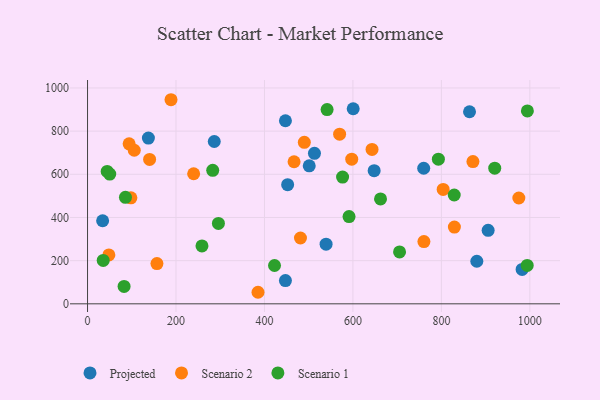
{"axis": {"x": "Experience", "y": "Profit"}, "legend": ["Projected", "Scenario 1", "Scenario 2"], "data": [{"x": "760.0", "y": 627.9, "type": "Projected"}, {"x": "34.1", "y": 384.8, "type": "Projected"}, {"x": "863.6", "y": 889.8, "type": "Projected"}, {"x": "501.2", "y": 639.4, "type": "Projected"}, {"x": "513.0", "y": 697.3, "type": "Projected"}, {"x": "905.7", "y": 340.3, "type": "Projected"}, {"x": "880.1", "y": 197.3, "type": "Projected"}, {"x": "452.4", "y": 552.0, "type": "Projected"}, {"x": "982.5", "y": 159.3, "type": "Projected"}, {"x": "447.4", "y": 847.9, "type": "Projected"}, {"x": "286.5", "y": 751.9, "type": "Projected"}, {"x": "137.6", "y": 767.6, "type": "Projected"}, {"x": "447.4", "y": 107.9, "type": "Projected"}, {"x": "600.6", "y": 903.6, "type": "Projected"}, {"x": "539.3", "y": 276.4, "type": "Projected"}, {"x": "648.0", "y": 616.8, "type": "Projected"}, {"x": "975.1", "y": 490.3, "type": "Scenario 2"}, {"x": "105.6", "y": 711.4, "type": "Scenario 2"}, {"x": "804.0", "y": 529.8, "type": "Scenario 2"}, {"x": "140.3", "y": 669.0, "type": "Scenario 2"}, {"x": "466.9", "y": 658.0, "type": "Scenario 2"}, {"x": "156.9", "y": 186.6, "type": "Scenario 2"}, {"x": "597.3", "y": 670.1, "type": "Scenario 2"}, {"x": "239.9", "y": 602.6, "type": "Scenario 2"}, {"x": "871.3", "y": 659.1, "type": "Scenario 2"}, {"x": "98.0", "y": 490.8, "type": "Scenario 2"}, {"x": "490.1", "y": 747.9, "type": "Scenario 2"}, {"x": "94.0", "y": 741.3, "type": "Scenario 2"}, {"x": "760.5", "y": 288.2, "type": "Scenario 2"}, {"x": "829.4", "y": 355.6, "type": "Scenario 2"}, {"x": "569.9", "y": 785.9, "type": "Scenario 2"}, {"x": "48.2", "y": 226.6, "type": "Scenario 2"}, {"x": "385.4", "y": 53.5, "type": "Scenario 2"}, {"x": "643.2", "y": 715.3, "type": "Scenario 2"}, {"x": "481.4", "y": 304.9, "type": "Scenario 2"}, {"x": "188.7", "y": 945.4, "type": "Scenario 2"}, {"x": "793.2", "y": 669.9, "type": "Scenario 1"}, {"x": "662.4", "y": 486.0, "type": "Scenario 1"}, {"x": "82.6", "y": 80.8, "type": "Scenario 1"}, {"x": "85.7", "y": 493.4, "type": "Scenario 1"}, {"x": "591.2", "y": 404.1, "type": "Scenario 1"}, {"x": "994.4", "y": 893.3, "type": "Scenario 1"}, {"x": "35.4", "y": 201.2, "type": "Scenario 1"}, {"x": "576.6", "y": 587.3, "type": "Scenario 1"}, {"x": "994.0", "y": 178.0, "type": "Scenario 1"}, {"x": "705.4", "y": 240.3, "type": "Scenario 1"}, {"x": "541.6", "y": 899.9, "type": "Scenario 1"}, {"x": "422.7", "y": 177.5, "type": "Scenario 1"}, {"x": "283.0", "y": 618.3, "type": "Scenario 1"}, {"x": "829.0", "y": 504.1, "type": "Scenario 1"}, {"x": "44.4", "y": 613.3, "type": "Scenario 1"}, {"x": "295.9", "y": 372.2, "type": "Scenario 1"}, {"x": "920.6", "y": 628.3, "type": "Scenario 1"}, {"x": "50.2", "y": 600.8, "type": "Scenario 1"}, {"x": "258.7", "y": 268.4, "type": "Scenario 1"}]}